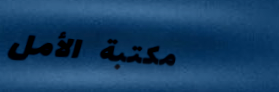
مكتبة الأمل